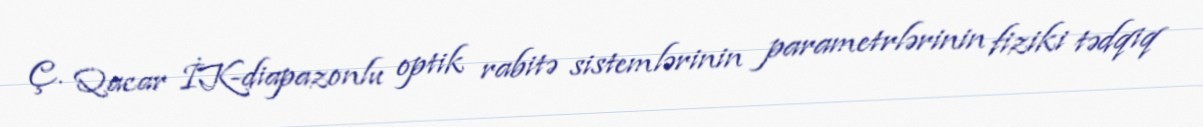
Ç. Qacar İK-diapazonlu optik rabitə sistemlərinin parametrlərinin fiziki tədqiq